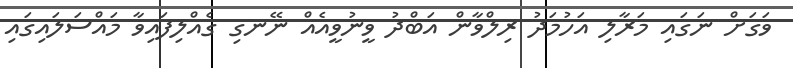
ވަގަށް ނަގައި މަރާލި އަހުމަދު ރިލްވާން އަބްދު ވީނުވީއެއް ނޭނގި ގެއްލިފައިވާ މައްސަލައިގައި